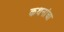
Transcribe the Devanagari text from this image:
कथनांचा